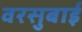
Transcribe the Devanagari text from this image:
वरसुबाई